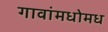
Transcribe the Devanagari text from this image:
गावांमधोमध